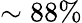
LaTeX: \sim 88\%